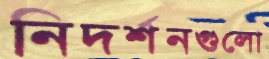
নিদর্শনগুলো